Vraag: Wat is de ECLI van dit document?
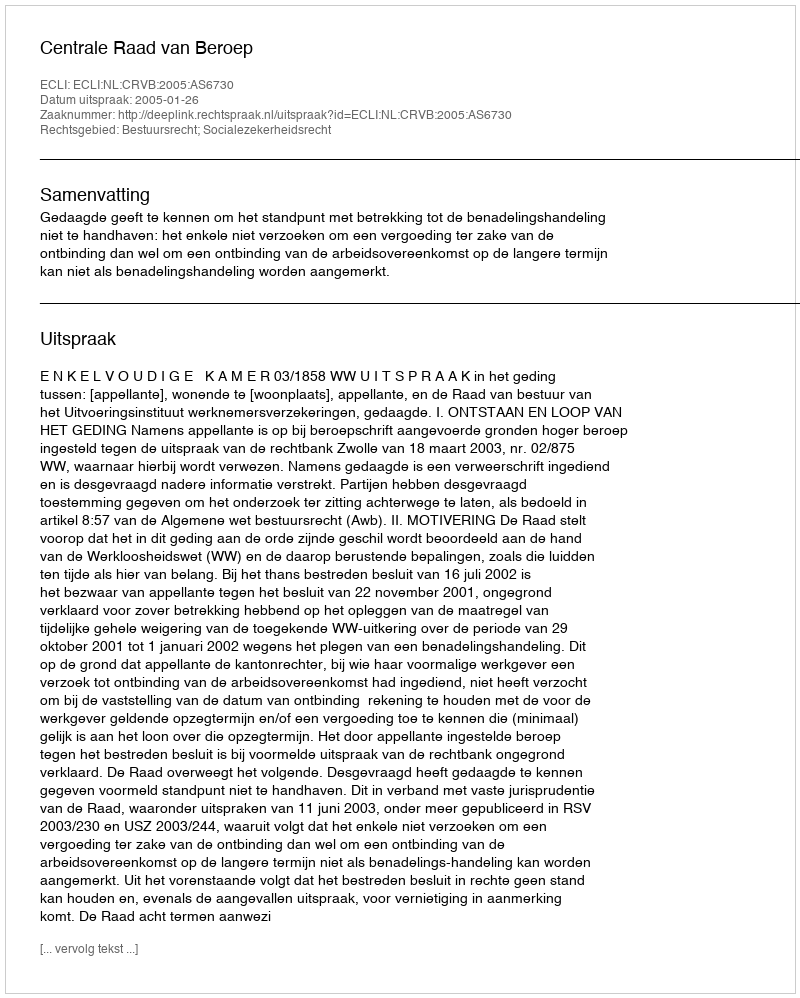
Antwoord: ECLI:NL:CRVB:2005:AS6730